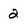
Character: 2